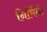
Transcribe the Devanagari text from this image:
निर्मिती